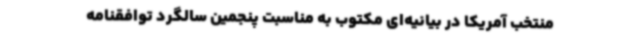
منتخب آمریکا در بیانیه‌ای مکتوب به مناسبت پنجمین سالگرد توافقنامه